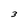
Character: 3